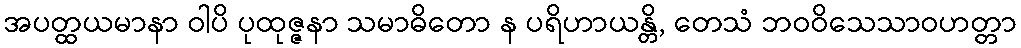
အပတ္ထယမာနာ ဝါပိ ပုထုဇ္ဇနာ သမာဓိတော န ပရိဟာယန္တိ, တေသံ ဘဝဝိသေသာဝဟတ္တာ